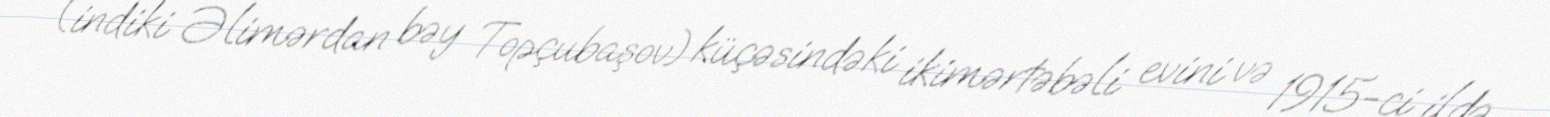
(indiki Əlimərdan bəy Topçubaşov) küçəsindəki ikimərtəbəli evini və 1915-ci ildə